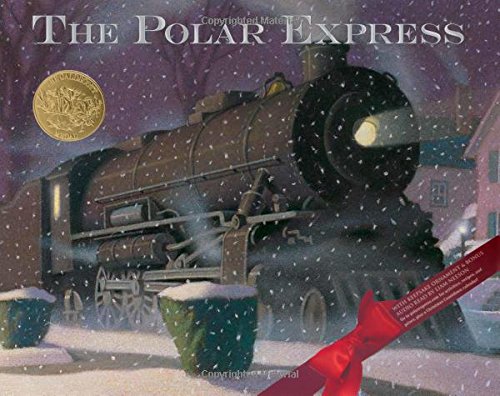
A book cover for Polar Express 30th anniversary edition; Chris Van Allsburg; Children's Books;